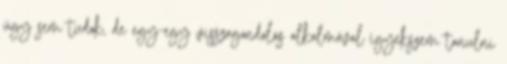
úgy sem tudok, de egy-egy visszagondolás alkalmával igyekszem tanulni